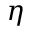
\eta